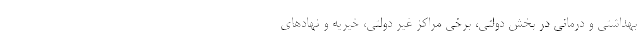
بهداشتی و درمانی در بخش دولتی، برخی مراکز غیر دولتی، خیریه و نهادهای